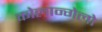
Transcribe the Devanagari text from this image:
कोलान्गेलो